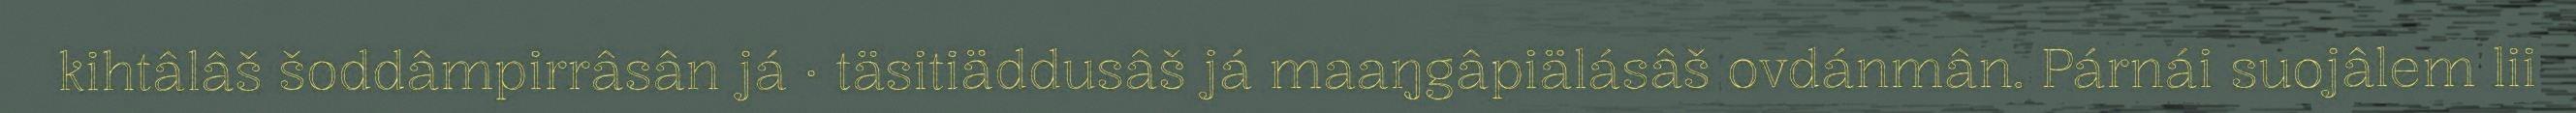
kihtâlâš šoddâmpirrâsân já · täsitiäddusâš já maaŋgâpiälásâš ovdánmân. Párnái suojâlem lii